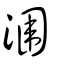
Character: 潿